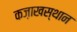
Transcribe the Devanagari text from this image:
कज़ाखस्थान